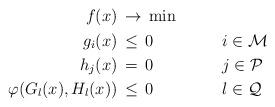
LaTeX: \begin{align*}\begin{aligned}f(x)&\,\rightarrow\,\min&&&\\g_i(x)&\,\leq\,0&\qquad&i\in\mathcal M&\\h_j(x)&\,=\,0&\qquad&j\in\mathcal P&\\\varphi(G_l(x),H_l(x))&\,\leq\,0&\qquad&l\in\mathcal Q&\end{aligned}\end{align*}